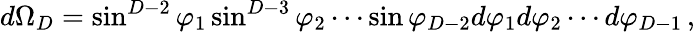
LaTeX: d\Omega_{D}=\sin^{D-2}\varphi_{1}\sin^{D-3}\varphi_{2}\cdots\sin\varphi_{D-2}d\varphi_{1}d\varphi_{2}\cdots d\varphi_{D-1}\, ,